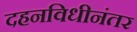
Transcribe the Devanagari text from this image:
दहनविधीनंतर